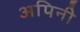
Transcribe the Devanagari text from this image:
अपिनी